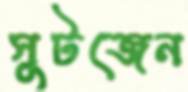
সুটজেন